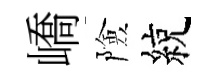
嶠險綂